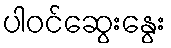
ပါဝင်ဆွေးနွေး